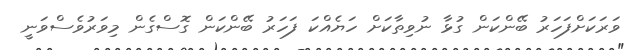
ވަރަކަށްފަހަރު ބޭންކަން ގުޅާ ނުވިތާކަށް ހަޔެއްކަ ފަހަރު ބޭންކަން ގޮސްގެން މިވަރުވެސްވަނީ